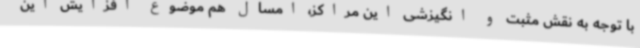
با توجه به نقش مثبت و انگیزشی این مراکز، امسال هم موضوع افزایش این